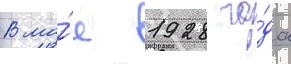
В ма́е 1928 го́да